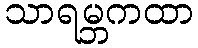
သာရမ္ဘကထာ